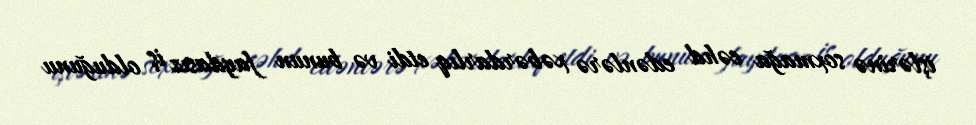
işlərinə soxmağa cəhd edənlərə xəbərdarlıq etdi və bunun faydasız iş olduğunu